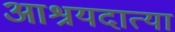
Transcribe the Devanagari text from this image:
आश्रयदात्या